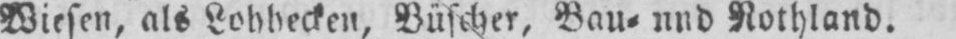
Wiesen, als Lohhecken, Büscher, Bau⸗ und Rothland.